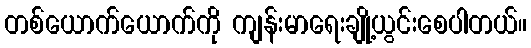
တစ်ယောက်ယောက်ကို ကျန်းမာရေးချို့ယွင်းစေပါတယ်။